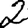
Digit: 2